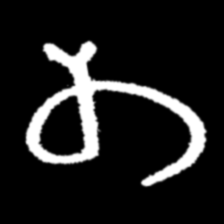
Pyu character \u2014 Myanmar letter: တ (romanized: ta)